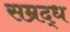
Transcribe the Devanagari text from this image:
सम्रद्ध